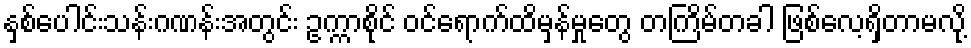
နှစ်ပေါင်းသန်းဂဏန်းအတွင်း ဥက္ကာစိုင် ဝင်ရောက်ထိမှန်မှုတွေ တကြိမ်တခါ ဖြစ်လေ့ရှိတာမလို့